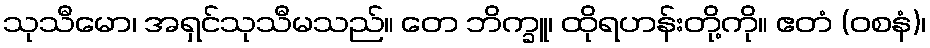
သုသီမော၊ အရှင်သုသီမသည်။ တေ ဘိက္ခူ၊ ထိုရဟန်းတို့ကို။ ဧတံ (ဝစနံ)၊